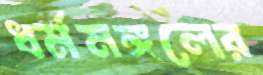
ধর্মমঙ্গলের